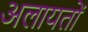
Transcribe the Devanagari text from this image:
अलायतों